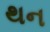
થન